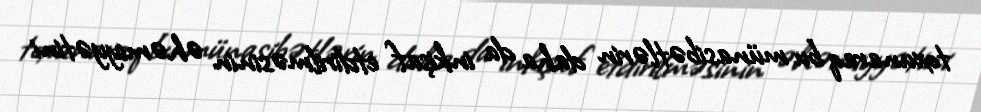
toxunaraq bu münasibətlərin daha da inkişaf etdirilməsinin əhəmiyyətini